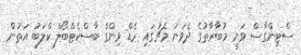
ސްޓިންގާސް ވަނީ މުބާރާތުގެ ދެވަނަ މެޗުގައި ރެޑް ވިންގް ބާސްކެޓްބޯލް ކްލަބު އަތުން